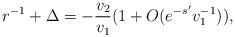
LaTeX: \begin{align*} r^{-1} + \Delta = - \frac{v_2}{v_1} (1+ O(e^{-s'}v_1^{-1})),\end{align*}